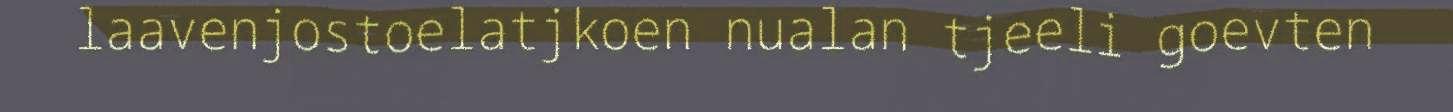
laavenjostoelatjkoen nualan tjeeli goevten